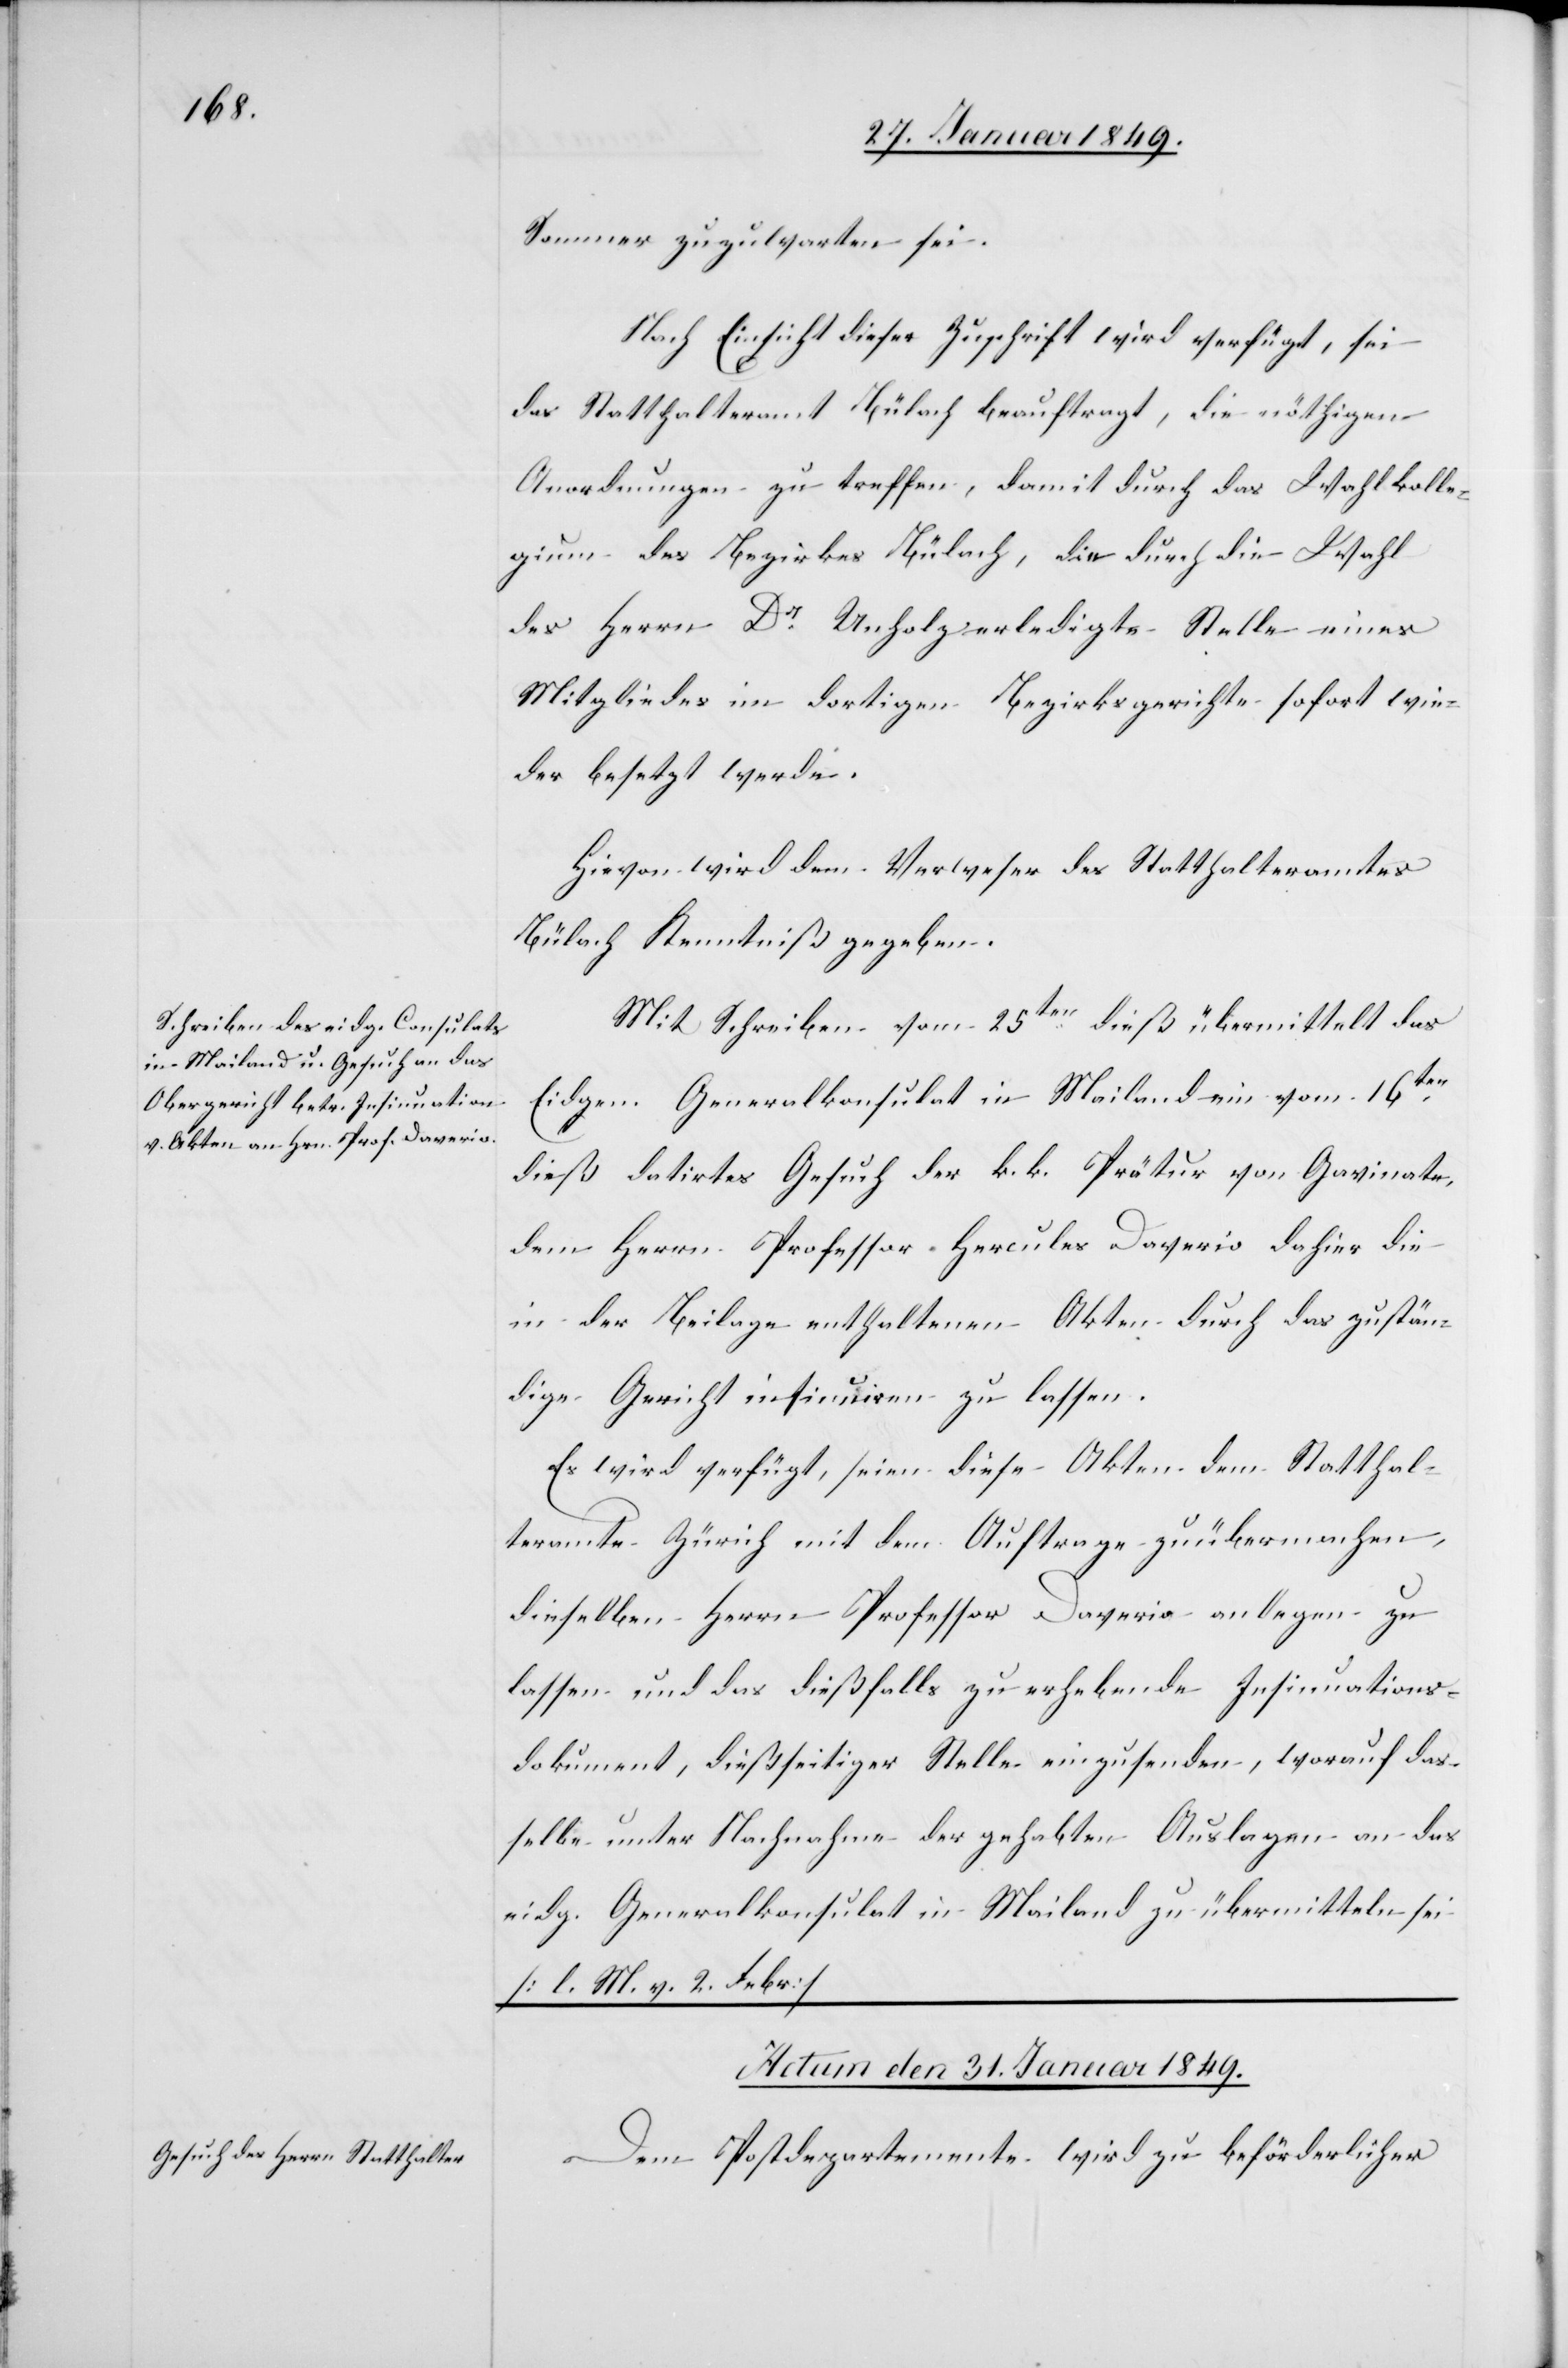
Sommer zuzuwarten sei.
Nach Einsicht dieser Zuschrift wird verfügt, sei
das Statthalteramt Bülach beauftragt, die nöthigen
Anordnungen zu treffen, damit durch das Wahlkolle¬
gium des Bezirkes Bülach, die durch die Wahl
des Herrn Dr. Unholz erledigte Stelle eines
Mitgliedes im dortigen Bezirksgerichte sofort wie¬
der besetzt werde.
Hievon wird dem Verweser des Statthalteramtes
Bülach Kenntniß gegeben.
Mit Schreiben vom 25ten. dieß übermittelt das
Eidgen. Generalkonsulat in Mailand ein vom 16ten.
dieß datirtes Gesuch der k. k. Prätur von Gavinate,
dem Herrn Professor Hercules Daverio dahier die
in der Beilage enthaltenen Akten durch das zustän¬
dige Gericht insinuiren zu lassen.
Es wird verfügt, seien diese Akten dem Statthal¬
teramte Zürich mit dem Auftrage zu übermachen,
dieselben Herrn Professor Daverio anlegen zu
lassen und das dießfalls zu erhebende Insinuations¬
dokument, dießseitiger Stelle einzusenden, worauf das¬
selbe unter Nachnahme der gehabten Auslagen an das
eidg. Generalkonsulat in Mailand zu übermitteln sei
[l. M. v. 2. Febr.]
Actum den 31. Januar 1849.
Dem Postdepartemente wird zu beförderlicher